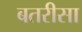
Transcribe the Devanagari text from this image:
बतरीसा